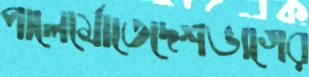
পালের্মোতেদেশভাগের